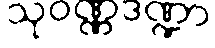
သုဝဏ္ဏဒဏ္ဍာ